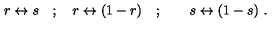
r \leftrightarrow s \quad ; \quad r \leftrightarrow ( 1 - r ) \quad ; \quad \quad s \leftrightarrow ( 1 - s ) \ .